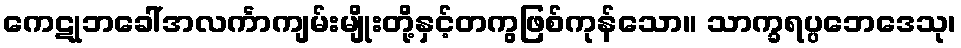
ကေဋုဘခေါ်အလင်္ကာကျမ်းမျိုးတို့နှင့်တကွဖြစ်ကုန်သော။ သာက္ခရပ္ပဘေဒေသု၊